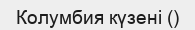
Колумбия күзені ()